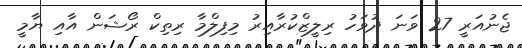
ޖެނުއަރީ 27 ވަނަ ދުވަހު ރިލީޒްކުރާއިރު މިފިލްމާ ރިތިކް ރޯޝަން އާއި ޔާމީ